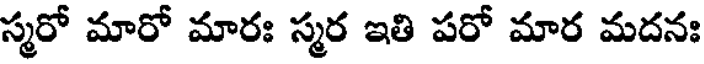
స్మరో మారో మారః స్మర ఇతి పరో మార మదనః